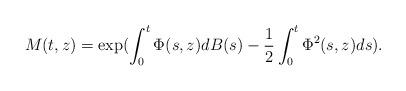
LaTeX: \begin{align*}M(t,z) = \exp( \int_0^t \Phi(s,z)dB(s) -\frac{1}{2} \int_0^t \Phi^2(s,z) ds).\end{align*}